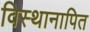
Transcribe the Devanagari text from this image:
विस्थानापित